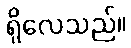
ရှိလေသည်။